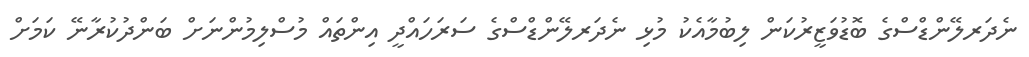
ނެދަރލޭންޑްސްގެ ބޮޑުވަޒީރުކަން ލިބުމާއެކު މުޅި ނެދަރލޭންޑްސްގެ ސަރަހައްދީ އިންތައް މުސްލިމުންނަށް ބަންދުކުރާނޭ ކަމަށް